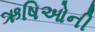
ઋષિઓની